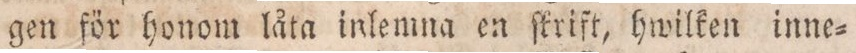
gen för honom låta inlemna en ſkrift, hwilken inne-